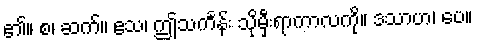
၏။ စ၊ ဆက်။ ဧသ၊ ဤသင်္ကန်း သိုမှီးရာကာလကို။ ဒသာဟ၊ ပေ။